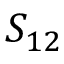
S _ { 1 2 }